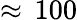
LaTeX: \approx\, 100